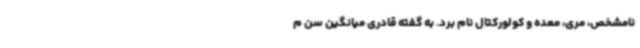
نامشخص، مری، معده و کولورکتال نام برد. به گفته قادری میانگین سن م